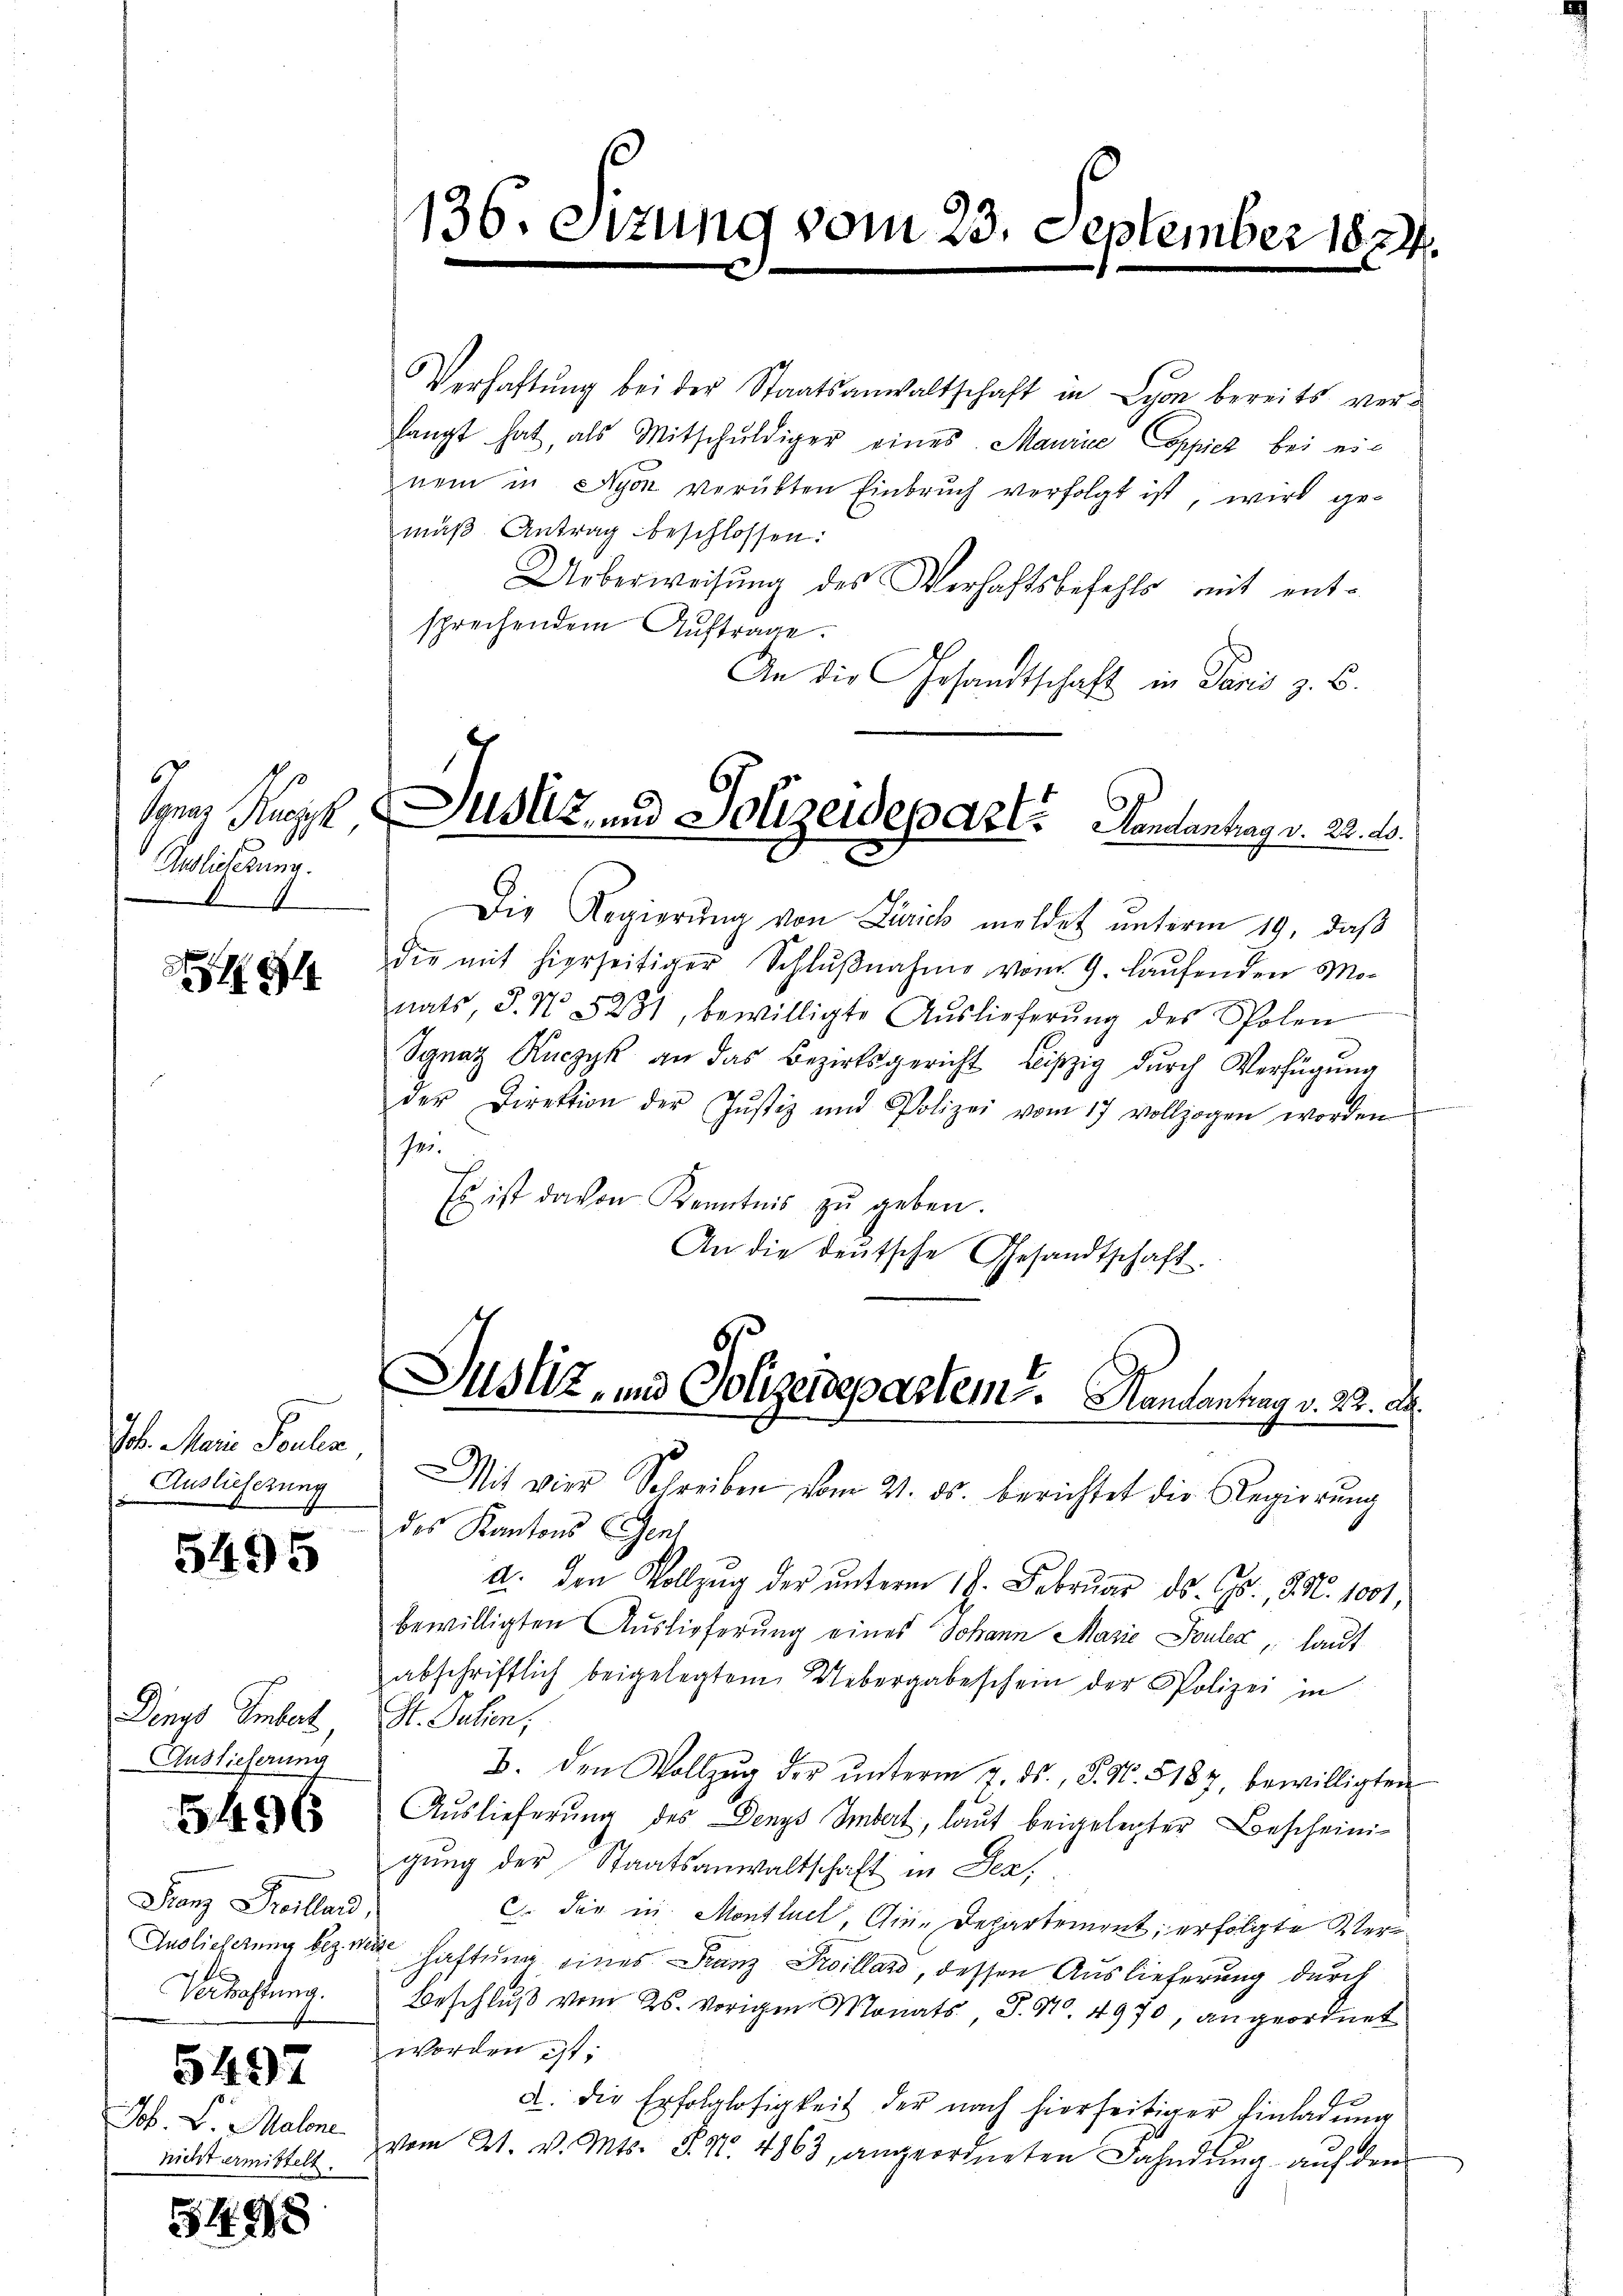
6
Jonas Kuczyk,
Redlicherung.
A

94

kein Febr.
Auslieferung

5495

Denys Imbert
Auslieferung

5496

Franz Freillard,
Verhaftung.

5497

Jos. B. Malene
nicht ermittelt.

5498

136. Sizung vom 23. September 1874

Justiz- und Polizeidepart. Handenhag v. 23. d.
2

Verhaltŭng bei der Staatsanwaltschaft in Lyon bereits ver-
langt hat, als Mitschŭldiger eines Maurice Coppicz bei einem in Nyon verübten Einbruch verfolgt ist, wird gemäβ Antrag beschlossen:
Ueberweisung des Verhaftsbefehls mit ent-
sprechendem Auftrage.
An die Gesandtschaft in Paris z. B.
Die Regierŭng von Zürich meldet unterm 19. daß
die mit hierseitiger Schlŭβnahme vom 9. laŭfenden Mo-
nats, S. No. 5281, bewilligte Aŭslieferŭng des Polen
Sgnaz Ruczyk an das Bezirksgericht Leipzig durch Verfügŭng
der Direktion der Justiz und Polizei vom 17 vollzogen worden
se.
Es ist davon Kenntnis
zu geben.
An die deutsche Gesandtschaft.

Justiz- und Polizeideparteme. Handantrag v. 22. A.
.
Mit vier Schreiben vom 21. ds. berichtet die Regierŭng

des Kantons Gent
a. den Vollzug der ŭnterm 19. Febrŭar ds. Gs., N. N. 1001,
bewilligten Auslieferung eines Johann Marie Fouler, laut
abschriftlich beigelegtem Uebergabeschein der Polizei in
St. Jahren,
B. den Vollzug der ŭnterm 7. ds., S. 96. 5187, bewilligten
Auslieferung des Denys Imbert, laut beigelegter Bescheinigung der Staatsanwaltschaft in Jen
C. die in Montluel, Gin-Departement, erfolgte Ster¬
Auslieferung bezweite haftung eines Franz Droillard, dessen Auslieferung durch
Beschluß vom 25. vorigen Monats P. Nr. 4970, angeordnet
worden ist;
te
a. die Erfolglosigkeit der nach hierseitiger Einladung
vom 21. v. Mts. S. 92. 4863, angeordneten Fahndŭng aŭf den